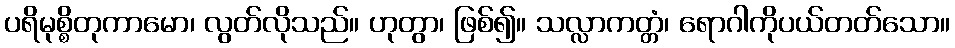
ပရိမုစ္စိတုကာမော၊ လွတ်လိုသည်။ ဟုတွာ၊ ဖြစ်၍။ သလ္လာကတ္တံ၊ ရောဂါကိုပယ်တတ်သော။